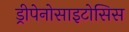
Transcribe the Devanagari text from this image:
ड्रीपेनोसाइटोसिस